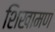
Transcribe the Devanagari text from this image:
शिखामण